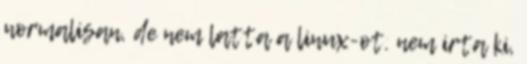
normalisan, de nem latta a linux-ot. nem irta ki,